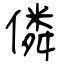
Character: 僯